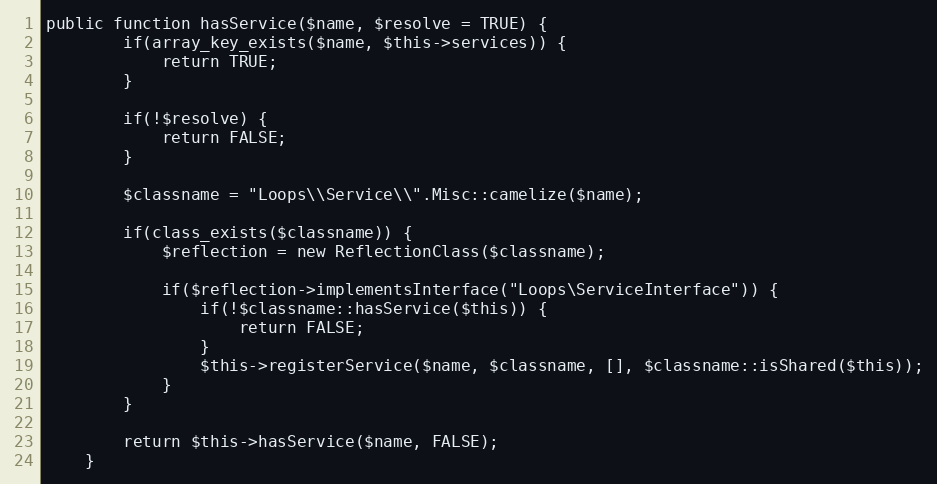
Language: PHP
public function hasService($name, $resolve = TRUE) {
        if(array_key_exists($name, $this->services)) {
            return TRUE;
        }

        if(!$resolve) {
            return FALSE;
        }

        $classname = "Loops\\Service\\".Misc::camelize($name);

        if(class_exists($classname)) {
            $reflection = new ReflectionClass($classname);

            if($reflection->implementsInterface("Loops\ServiceInterface")) {
                if(!$classname::hasService($this)) {
                    return FALSE;
                }
                $this->registerService($name, $classname, [], $classname::isShared($this));
            }
        }

        return $this->hasService($name, FALSE);
    }